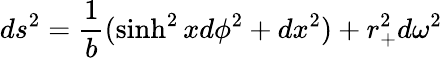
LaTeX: ds^{2}={\frac{1}{b}}(\sinh^{2}xd\phi^{2}+dx^{2})+r_{+}^{2}d\omega^{2}